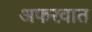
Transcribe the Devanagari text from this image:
अफरवात